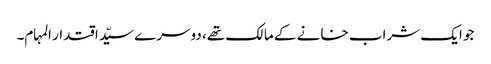
جو ایک شراب خانے کے مالک تھے، دوسرے سیّد اقتدار المہام۔